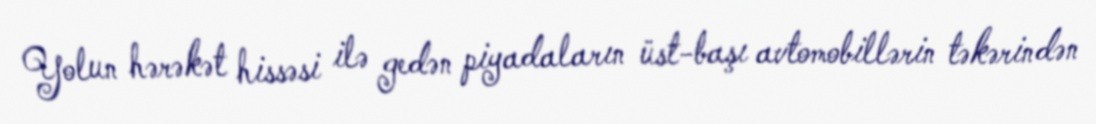
Yolun hərəkət hissəsi ilə gedən piyadaların üst-başı avtomobillərin təkərindən